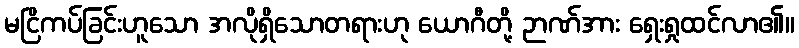
မငြိကပ်ခြင်းဟူသော အလိုရှိသောတရားဟု ယောဂီတို့ ဉာဏ်အား ရှေးရှုထင်လာ၏။